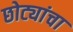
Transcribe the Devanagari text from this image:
छोट्यांचा